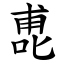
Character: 喸